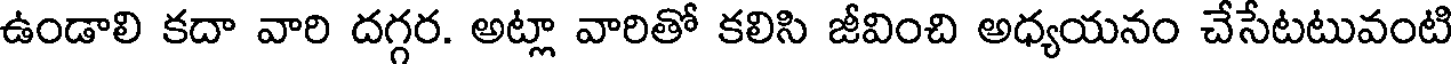
ఉండాలి కదా వారి దగ్గర. అట్లా వారితో కలిసి జీవించి అధ్యయనం చేసేటటువంటి